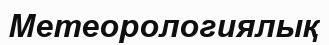
Метеорологиялық